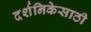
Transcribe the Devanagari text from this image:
दर्शनिकेसाठी